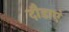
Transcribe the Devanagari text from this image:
दौडाएं